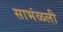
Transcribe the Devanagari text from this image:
साभंळली